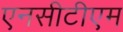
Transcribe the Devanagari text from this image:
एनसीटीएम